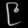
Digit: ၉